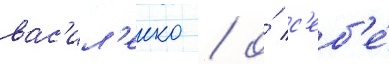
вас'ил'енко / о́ с'еб'е́